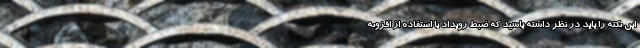
این نکته را باید در نظر داشته باشید که ضبط رویداد با استفاده از افزونه